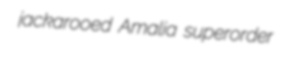
jackarooed Amalia superorder